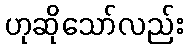
ဟုဆိုသော်လည်း